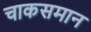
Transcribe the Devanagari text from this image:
चाकसमान